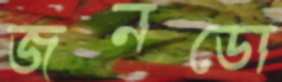
জনডো